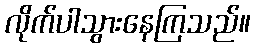
လိုက်ပါသွားနေကြသည်။